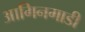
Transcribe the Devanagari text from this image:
आगिनगाडी